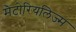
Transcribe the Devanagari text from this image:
मैटोरियलिज्म